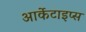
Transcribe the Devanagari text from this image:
आर्केटाइप्स